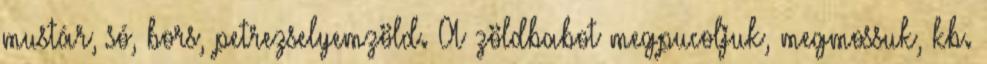
mustár, só, bors, petrezselyemzöld. A zöldbabot megpucoljuk, megmossuk, kb.